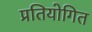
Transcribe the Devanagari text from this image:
प्रतियोगित